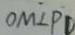
O M \bot P D